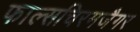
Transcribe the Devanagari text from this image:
फाल्सचिरमजैगर